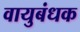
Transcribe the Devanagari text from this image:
वायुबंधक